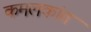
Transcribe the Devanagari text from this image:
कमलकांत